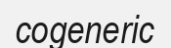
cogeneric